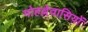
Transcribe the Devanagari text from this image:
मोहल्लेवासियों